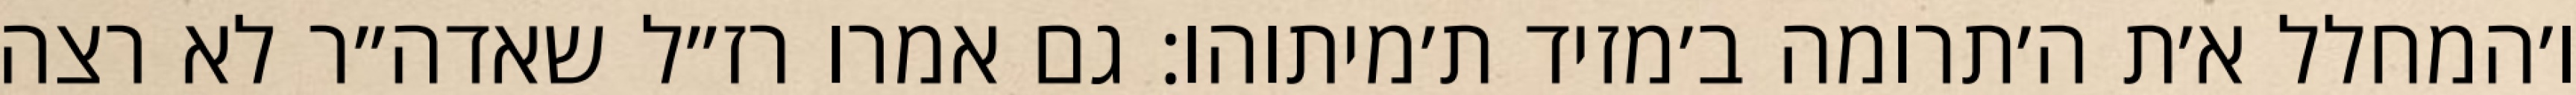
ו׳המחלל א׳ת ה׳תרומה ב׳מזיד ת׳מיתוהו: גם אמרו רז״ל שאדה״ר לא רצה